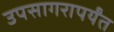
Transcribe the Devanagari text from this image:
उपसागरापर्यंत